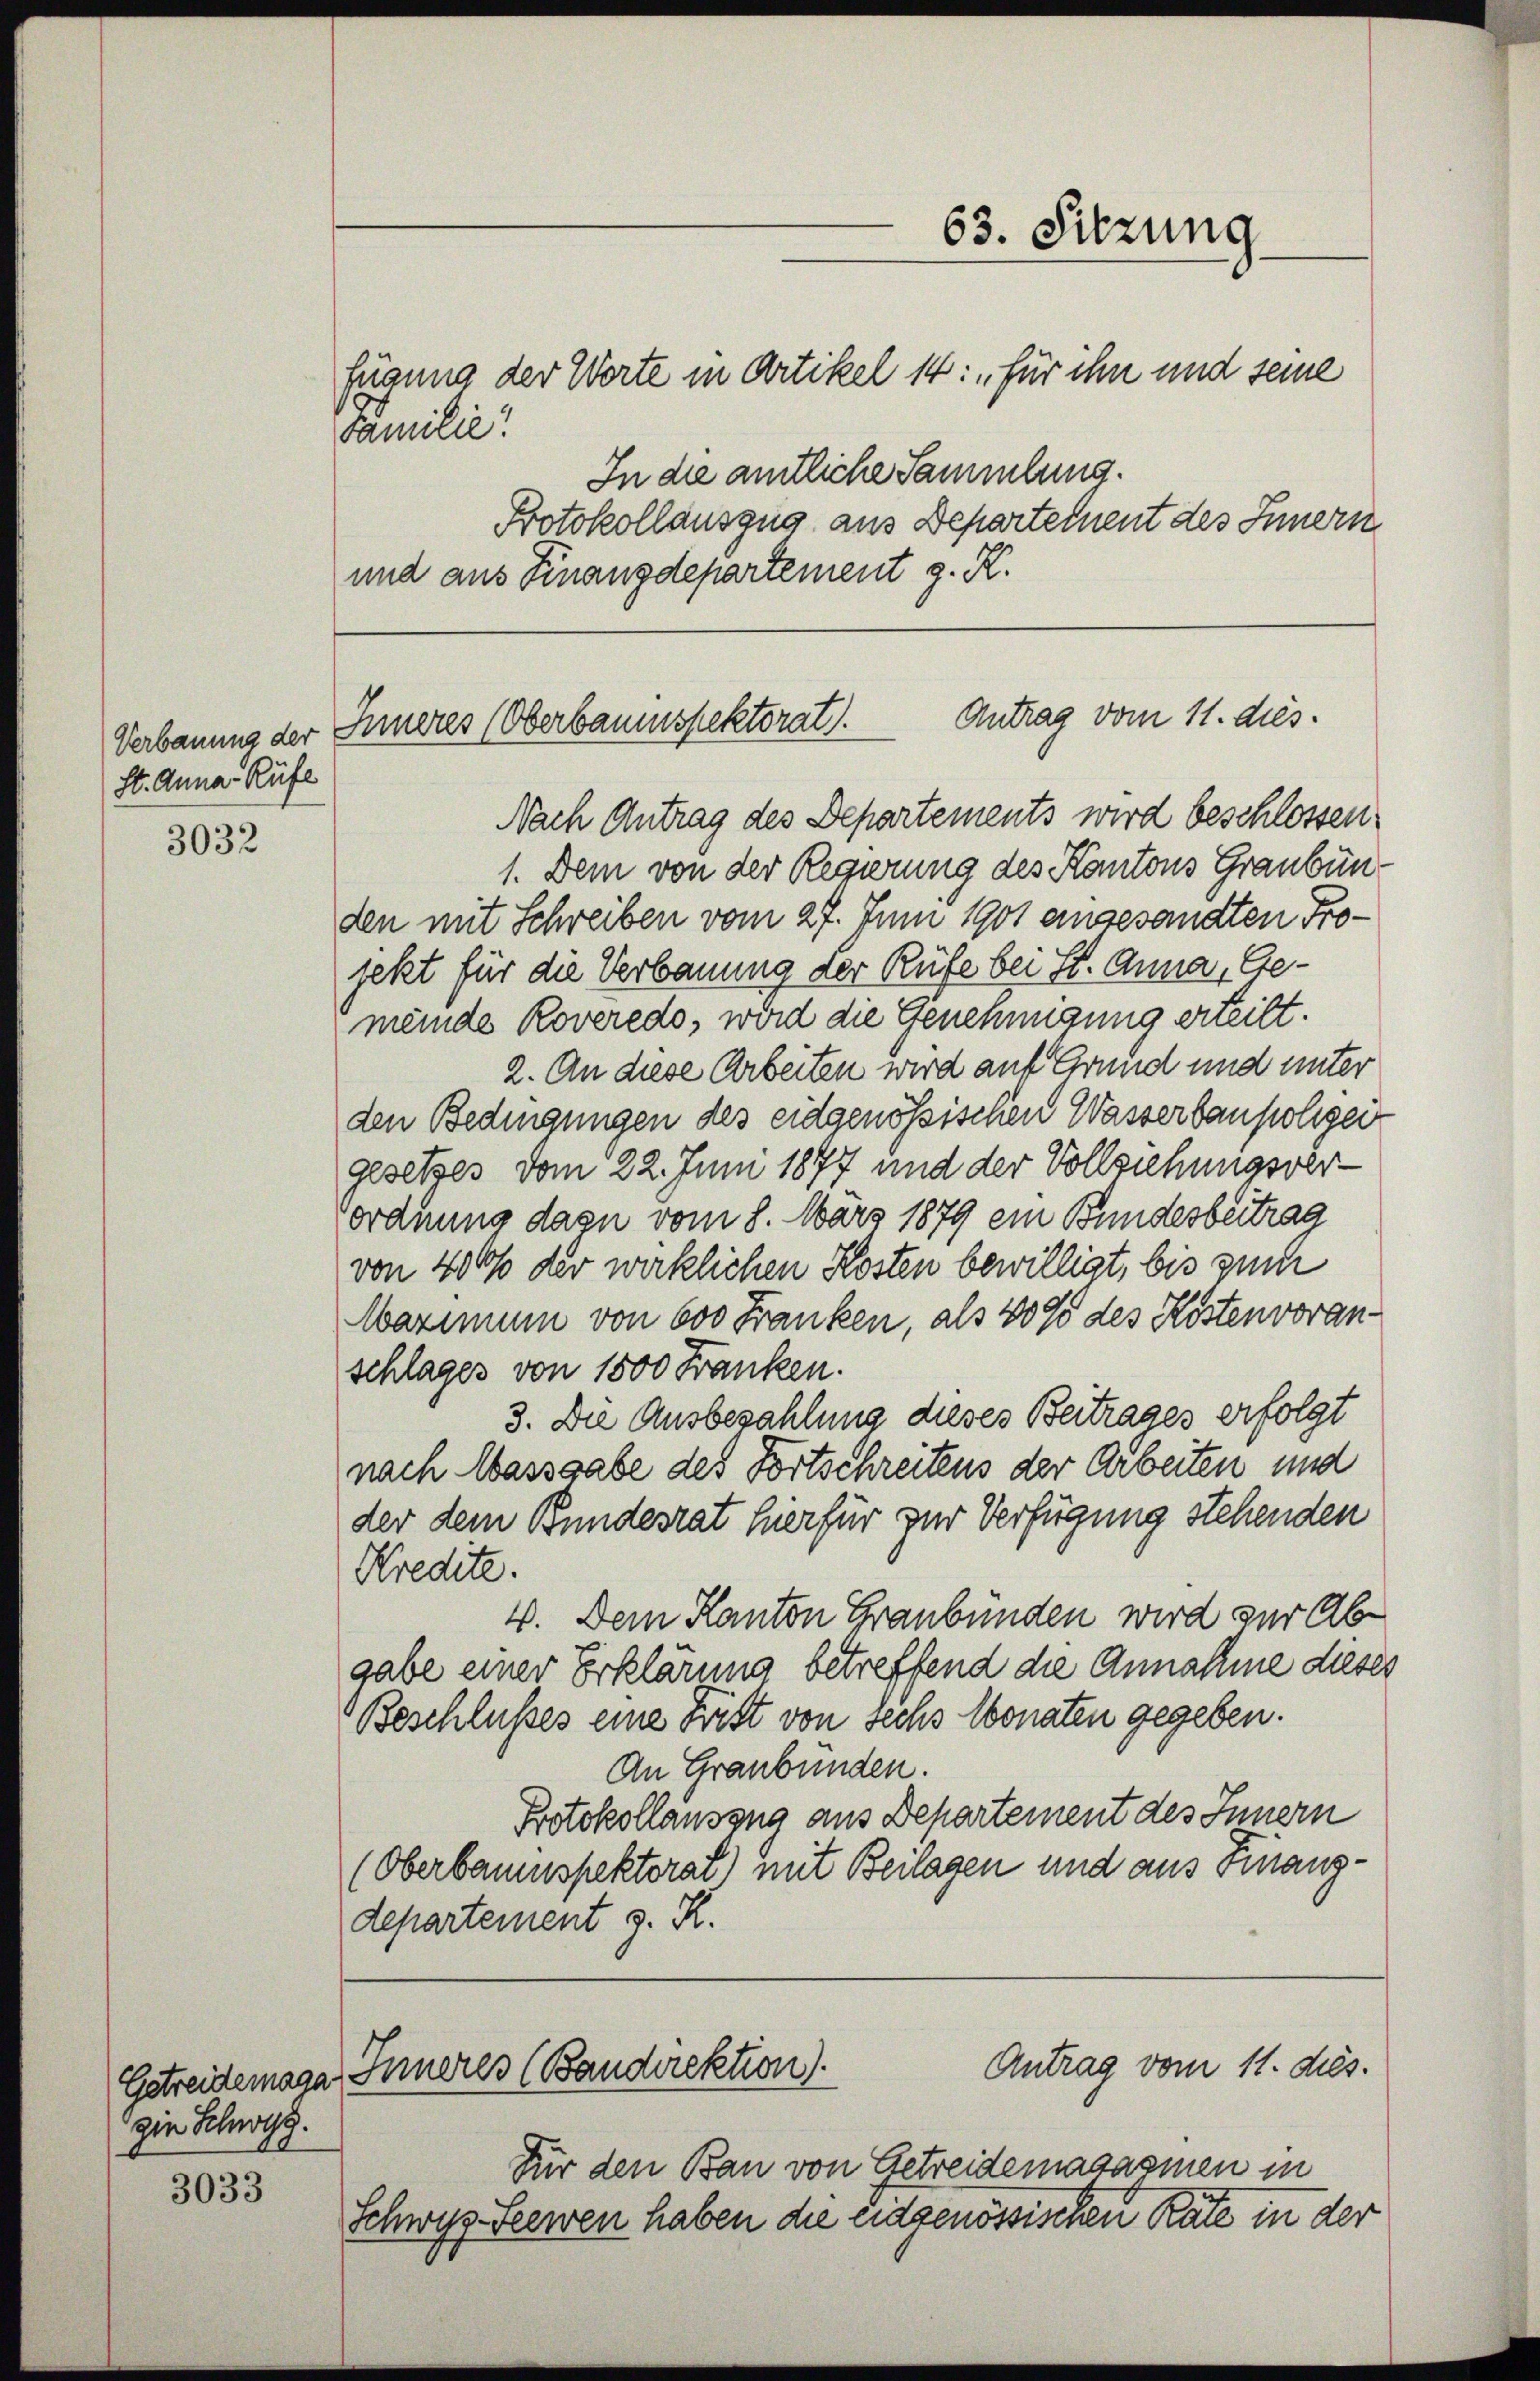
st. Anna - Rufe

3032

Getreidemaga
zin Schwyz.

3033

fügung der Worte in Artikel 14: „für ihn und seine
Familie
In die amtliche Sammlung.

Protokollauszug aus Departement des Innern
und aus Finanzdepartement z. R.

Antrag vom 11. dies.
Verbauung der Inneres (Oberbaumspektorat.

Nach Antrag des Departements wird beschlossen.
1. Dem von der Regierung des Kantons Graubünden mit Schreiben vom 27. Juni 1901 eingesandten Projetzt für die Verbauung der Rufe bei St. Anna, Gemeinde Roveredo, wird die Genehmigung erteilt.
2. An diese Arbeiten wird auf Grund und unter
den Bedingungen des eidgenössischen Wasserbaupolizei
gesetzes vom 22. Juni 1897 und der Vollziehungsverordnung dazu vom 8. März 1879 ein Bundesbeitrag
von 400 der wirklichen Kosten bewilligt, bis suc
Warmin von 600 Franken, als 40% des Kostenvoranschlages von 1500 Franken.
3. Die Ausbezahlung dieses Beitrages erfolgt
nach Wassgabe des Fortschreitens der Arbeiten und
der dem Bundesrat hier für zur Verfügung stehenden
Kredite.
4. Dem Kanton Graubünden wird zur Ab-
gabe einer Erklärung betreffend die Annahme dieses
Beschlußes eine Frist von sechs Monaten gegeben.
An Graubünden.
Protokollauszug aus Departement des Innern
(Oberbaumspektorat) mit Beilagen und aus Finanzdepartement z. K.
Antrag vom 11. ds.
Inneres (Bandirektion).
Für den Bau von Getreidemagasmen in
Schwyz Seewen haben die eidgenössischen Räte in der

63. Sitzung